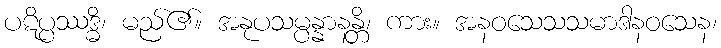
ပဋိပ္ပဿဒ္ဓိ၊ မည်၏။ အနုပသမ္ပန္နာနန္တိ၊ ကား။ အနဝသေသသမာဒါနဝသေန၊